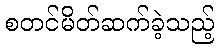
စတင်မိတ်ဆက်ခဲ့သည့်